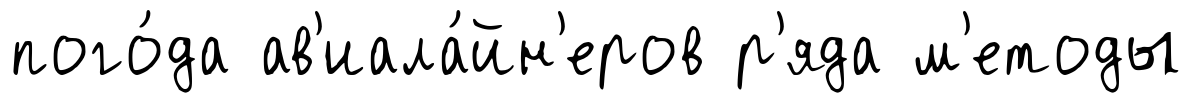
пого́да ав'иала́йн'еров р'яда м'етоды